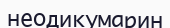
неодикумарин